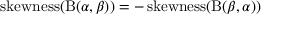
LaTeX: \operatorname { s k e w n e s s } ( \mathrm { B } ( \alpha , \beta ) ) = - \operatorname { s k e w n e s s } ( \mathrm { B } ( \beta , \alpha ) )